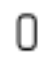
0